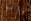
يجب